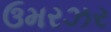
ઉમરઝર